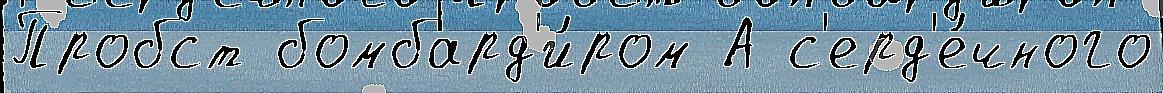
Пробст бомбард'и́ром А с'ерд'е́чного